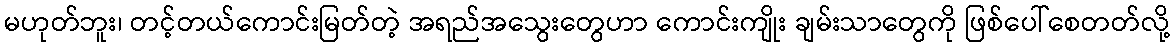
မဟုတ်ဘူး၊ တင့်တယ်ကောင်းမြတ်တဲ့ အရည်အသွေးတွေဟာ ကောင်းကျိုး ချမ်းသာတွေကို ဖြစ်ပေါ်စေတတ်လို့